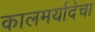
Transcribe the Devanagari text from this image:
कालमर्यादेचा